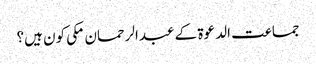
جماعت الدعوۃ کے عبدالرحمان مکی کون ہیں؟